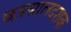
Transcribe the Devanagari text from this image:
छत्रसालदशक